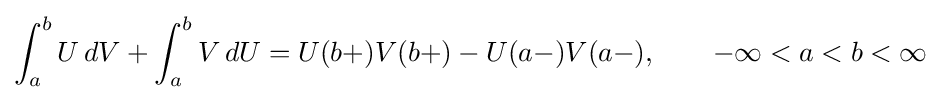
\int _{a}^{b}U\,dV+\int _{a}^{b}V\,dU=U(b+)V(b+)-U(a-)V(a-),\qquad -\infty <a<b<\infty